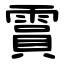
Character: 霣